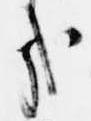
哉